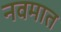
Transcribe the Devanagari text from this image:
नवमात